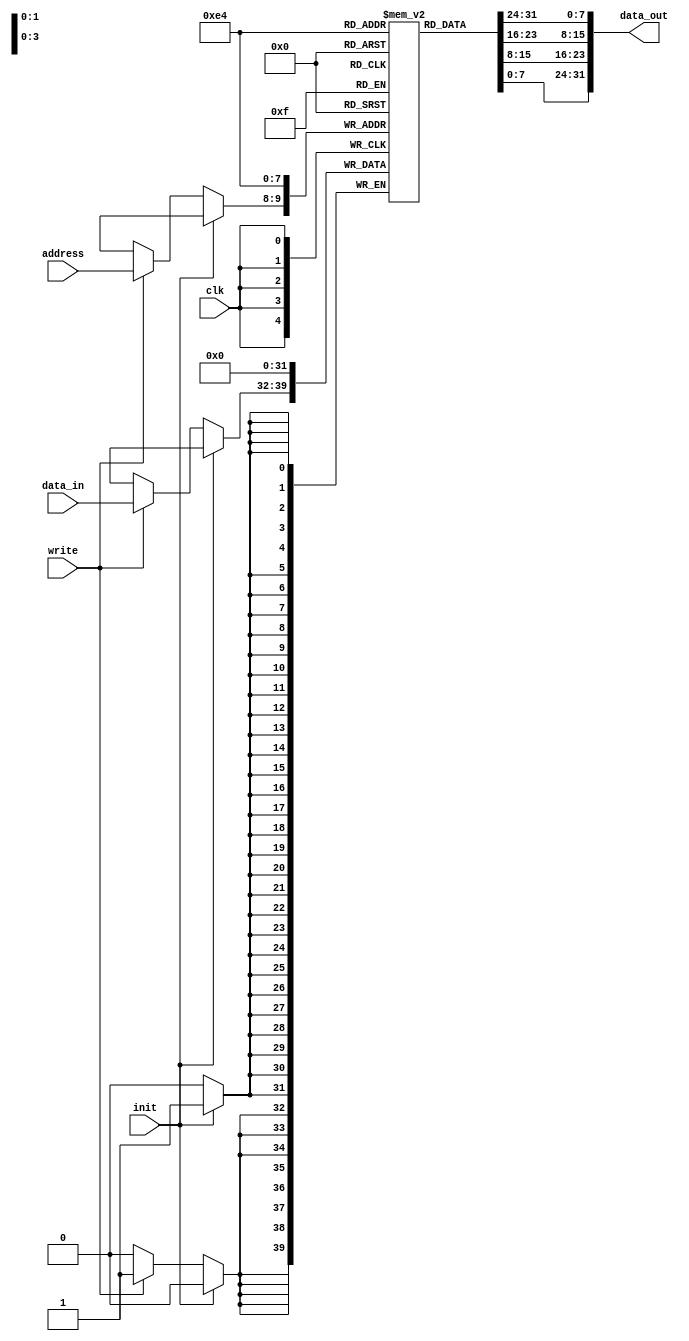
module buffer4x1(
    input clk,
    input init,
    input [1:0] address,
    input [7:0] data_in,
    input write,
    output reg [31:0] data_out
);
    reg [7:0] buffer [3:0];

    always @(posedge clk) begin
        if (init) begin
            buffer[0] <= 8'b0;
            buffer[1] <= 8'b0;
            buffer[2] <= 8'b0;
            buffer[3] <= 8'b0;
        end else if (write) begin
            buffer[address] <= data_in;
        end
    end

    always @(*) begin
        data_out = {buffer[0], buffer[1], buffer[2], buffer[3]};
    end
endmodule